Civil Veterinary Dept. Bombay admin report 1907-1913 - 1907-1913
Year: 1907
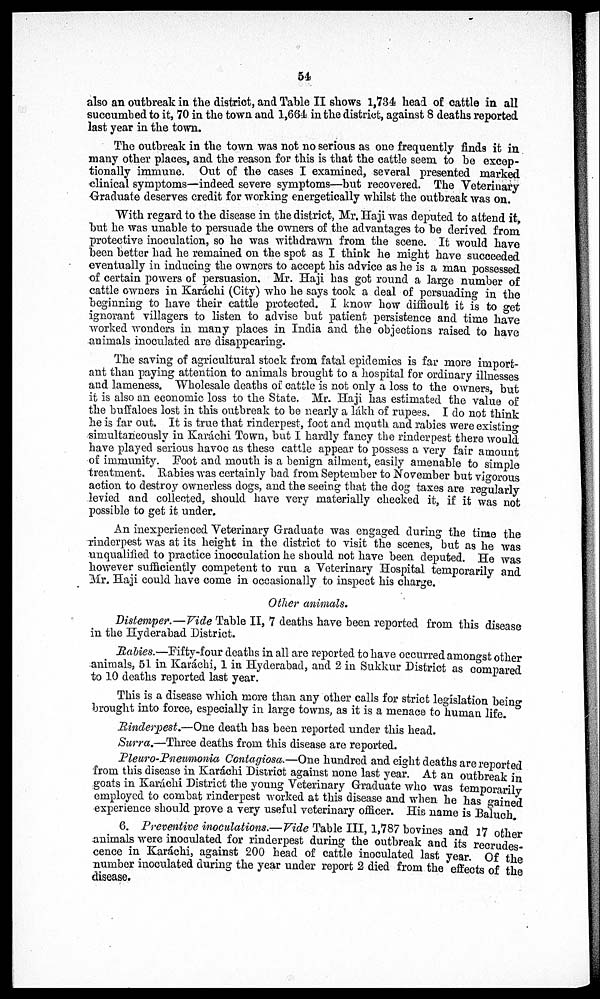
54
also an outbreak in the district, and Table II shows 1,734 head of cattle in all
succumbed to it, 70 in the town and 1,664 in the district, against 8 deaths reported
last year in the town.
The outbreak in the town was not no serious as one frequently finds it in
many other places, and the reason for this is that the cattle seem to be excep-
tionally immune. Out of the cases I examined, several presented marked
clinical symptoms—indeed severe symptoms—but recovered. The Veterinary
Graduate deserves credit for working energetically whilst the outbreak was on.
With regard to the disease in the district, Mr. Haji was deputed to attend it,
but he was unable to persuade the owners of the advantages to be derived from
protective inoculation, so he was withdrawn from the scene. It would have
been better had he remained on the spot as I think he might have succeeded
eventually in inducing the owners to accept his advice as he is a man possessed
of certain powers of persuasion. Mr. Haji has got round a large number of
cattle owners in Karáchi (City) who he says took a deal of persuading in the
beginning to have their cattle protected. I know how difficult it is to get
ignorant villagers to listen to advise but patient persistence and time have
worked wonders in many places in India and the objections raised to have
animals inoculated are disappearing.
The saving of agricultural stock from fatal epidemics is far more import-
ant than paying attention to animals brought to a hospital for ordinary illnesses
and lameness. Wholesale deaths of cattle is not only a loss to the owners, but
it is also an economic loss to the State. Mr. Haji has estimated the value of
the buffaloes lost in this outbreak to be nearly a lakh of rupees. I do not think
he is far out. It is true that rinderpest, foot and mouth and rabies were existing
simultaneously in Karachi Town, but I hardly fancy the rinderpest there would
have played serious havoc as these cattle appear to possess a very fair amount
of immunity. Foot and mouth is a benign ailment, easily amenable to simple
treatment. Rabies was certainly bad from September to November but vigorous
action to destroy ownerless dogs, and the seeing that the dog taxes are regularly
levied and collected, should have very materially checked it, if it was not
possible to get it under.
An inexperienced Veterinary Graduate was engaged during the time the
rinderpest was at its height in the district to visit the scenes, but as he was
unqualified to practice inocculation he should not have been deputed. He was
however sufficiently competent to run a Veterinary Hospital temporarily and
Mr. Haji could have come in occasionally to inspect his charge.
Other animals.
Distemper.—Vide Table II, 7 deaths have been reported from this disease
in the Hyderabad District.
Rabies.—Fifty-four deaths in all are reported to have occurred amongst other
animals, 51 in Karachi, 1 in Hyderabad, and 2 in Sukkur District as compared
to 10 deaths reported last year.
This is a disease which more than any other calls for strict legislation being
brought into force, especially in large towns, as it is a menace to human life.
Rinderpest.—One death has been reported under this head.
Surra.—Three deaths from this disease are reported.
Pleuro-Pneumonia Contagiosa.—One hundred and eight deaths are reported
from this disease in Karachi District against none last year. At an outbreak in
goats in Karachi District the young Veterinary Graduate who was temporarily
employed to combat rinderpest worked at this disease and when he has gained
experience should prove a very useful veterinary officer. His name is Baluch.
6. Preventive inoculations.—Vide Table III, 1,787 bovines and 17 other
animals were inoculated for rinderpest during the outbreak and its recrudes-
cence in Karáchi, against 200 head of cattle inoculated last year. Of the
number inoculated during the year under report 2 died from the effects of the
disease.